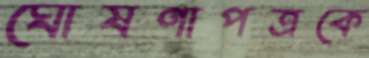
ঘোষণাপত্রকে